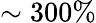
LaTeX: \sim 300\%